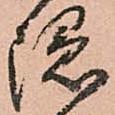
隠